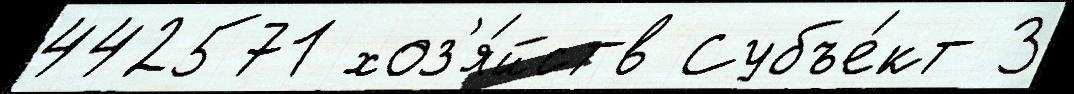
442571 хоз'я́йств Субъе́кт 3